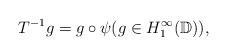
LaTeX: \begin{align*}T^{-1}g = g \circ \psi (g \in {H}^{\infty}_{1}(\mathbb{D})),\end{align*}